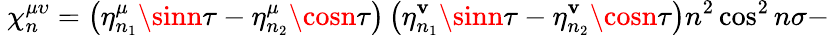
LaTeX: {\ \chi_{n}^{\mu\upsilon}=\left(\eta_{n_{1}}^{\mu}\sinn\tau-\eta_{n_{2}}^{\mu}\cosn\tau\right)\left(\eta_{n_{1}}^{\mathbf{v}}\sinn\tau-\eta_{n_{2}}^{\mathbf{v}}\cosn\tau\right)n^{2}\cos^{2}n\sigma-}